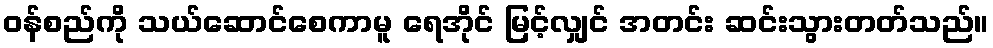
ဝန်စည်ကို သယ်ဆောင်စေကာမူ ရေအိုင် မြင့်လျှင် အတင်း ဆင်းသွားတတ်သည်။